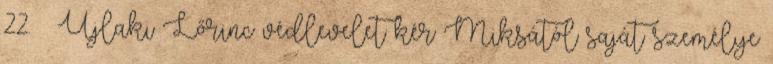
22. – Újlaki Lőrinc védlevelet kér Miksától saját személye